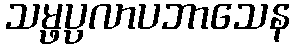
သမ္ဖပ္ပလာပဘာသေန